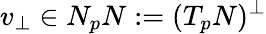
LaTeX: v_{\perp}\in N_{p}N:=(T_{p}N)^{\perp}